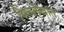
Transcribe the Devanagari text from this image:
शिललेखात